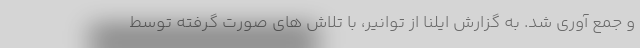
و جمع آوری شد. به گزارش ایلنا از توانیر، با تلاش های صورت گرفته توسط